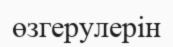
өзгерулерін